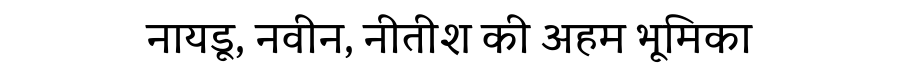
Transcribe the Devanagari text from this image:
नायडू, नवीन, नीतीश की अहम भूमिका